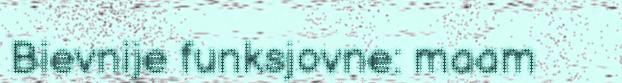
Bievnije funksjovne: maam